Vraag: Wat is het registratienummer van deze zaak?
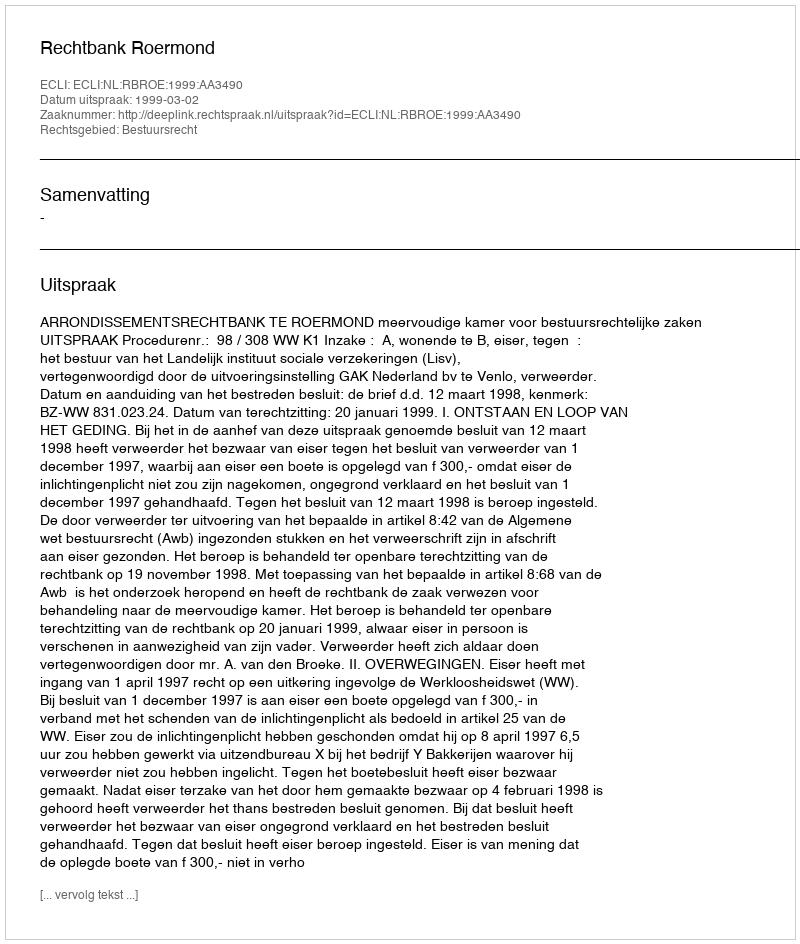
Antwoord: http://deeplink.rechtspraak.nl/uitspraak?id=ECLI:NL:RBROE:1999:AA3490